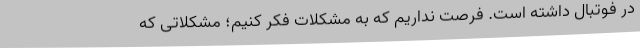
در فوتبال داشته است. فرصت نداریم که به مشکلات فکر کنیم؛ مشکلاتی که